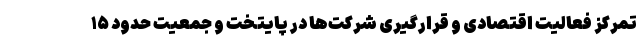
تمرکز فعالیت اقتصادی و قرارگیری شرکت‌ها در پایتخت و جمعیت حدود ۱۵